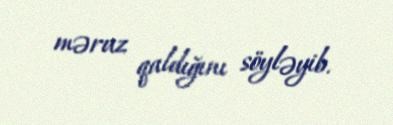
məruz qaldığını söyləyib.